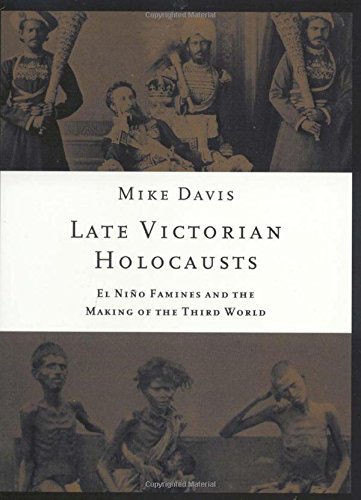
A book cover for Late Victorian Holocausts: El NiÃ±o Famines and the Making of the Third World; Mike Davis; Science & Math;